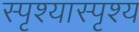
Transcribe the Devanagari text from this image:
स्पृश्‍यास्पृश्‍य